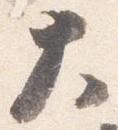
大